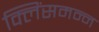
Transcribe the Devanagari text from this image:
क्लिंसमन्न